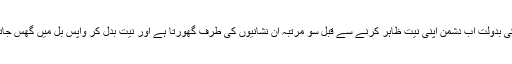
اسی کی بدولت اب دشمن اپنی نیت ظاہر کرنے سے قبل سو مرتبہ ان نشانیوں کی طرف گھورتا ہے اور نیت بدل کر واپس بل میں گھس جاتا ہے۔